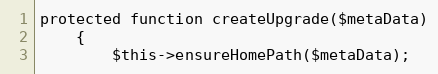
Language: PHP
protected function createUpgrade($metaData)
    {
        $this->ensureHomePath($metaData);